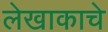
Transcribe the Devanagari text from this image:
लेखाकाचे